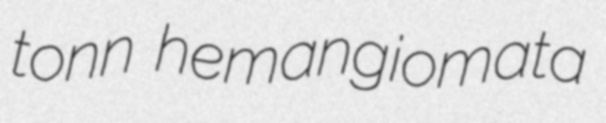
tonn hemangiomata